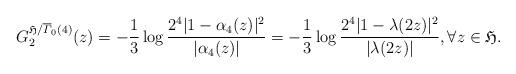
LaTeX: \begin{align*}G_2^{\mathfrak H/\overline{\varGamma}_0(4)}(z)=-\frac{1}{3}\log\frac{2^4|1-\alpha_4(z)|^{2}}{|\alpha_4(z)|}=-\frac{1}{3}\log\frac{2^4|1-\lambda(2z)|^{2}}{|\lambda(2z)|},\forall z\in\mathfrak H.\end{align*}